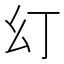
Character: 𭙊